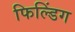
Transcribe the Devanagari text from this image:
फिल्डिंग